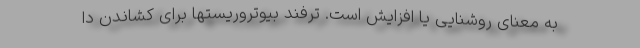
به معنای روشنایی یا افزایش است. ترفند بیوتروریستها برای کشاندن دا